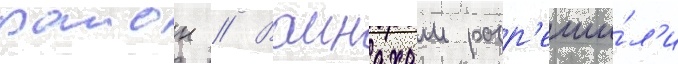
раион // Ваинахам разр'еши́л'и